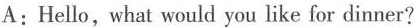
A:Hello,what would you like for dinner?